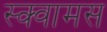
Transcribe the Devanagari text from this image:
स्क्वामस